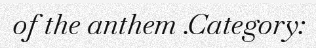
of the anthem .Category: